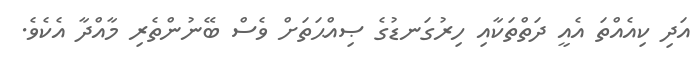
އަދި ކިއެއްތަ އެއީ ދަތްތަކާއި ހިރުގަނޑުގެ ޞިއްޙަތަށް ވެސް ބޭނުންތެރި މާއްދާ އެކެވެ.